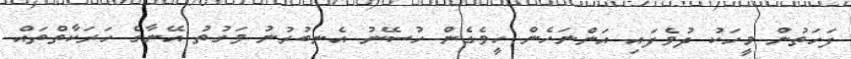
ފަހަތުން މީހަކު ދުވެފައި އަންނަހެން ހީވެގެން ހުސޭނު އެނބުރުނު ވަގުތު އޭނާގެ ހަރަކާތްތައް